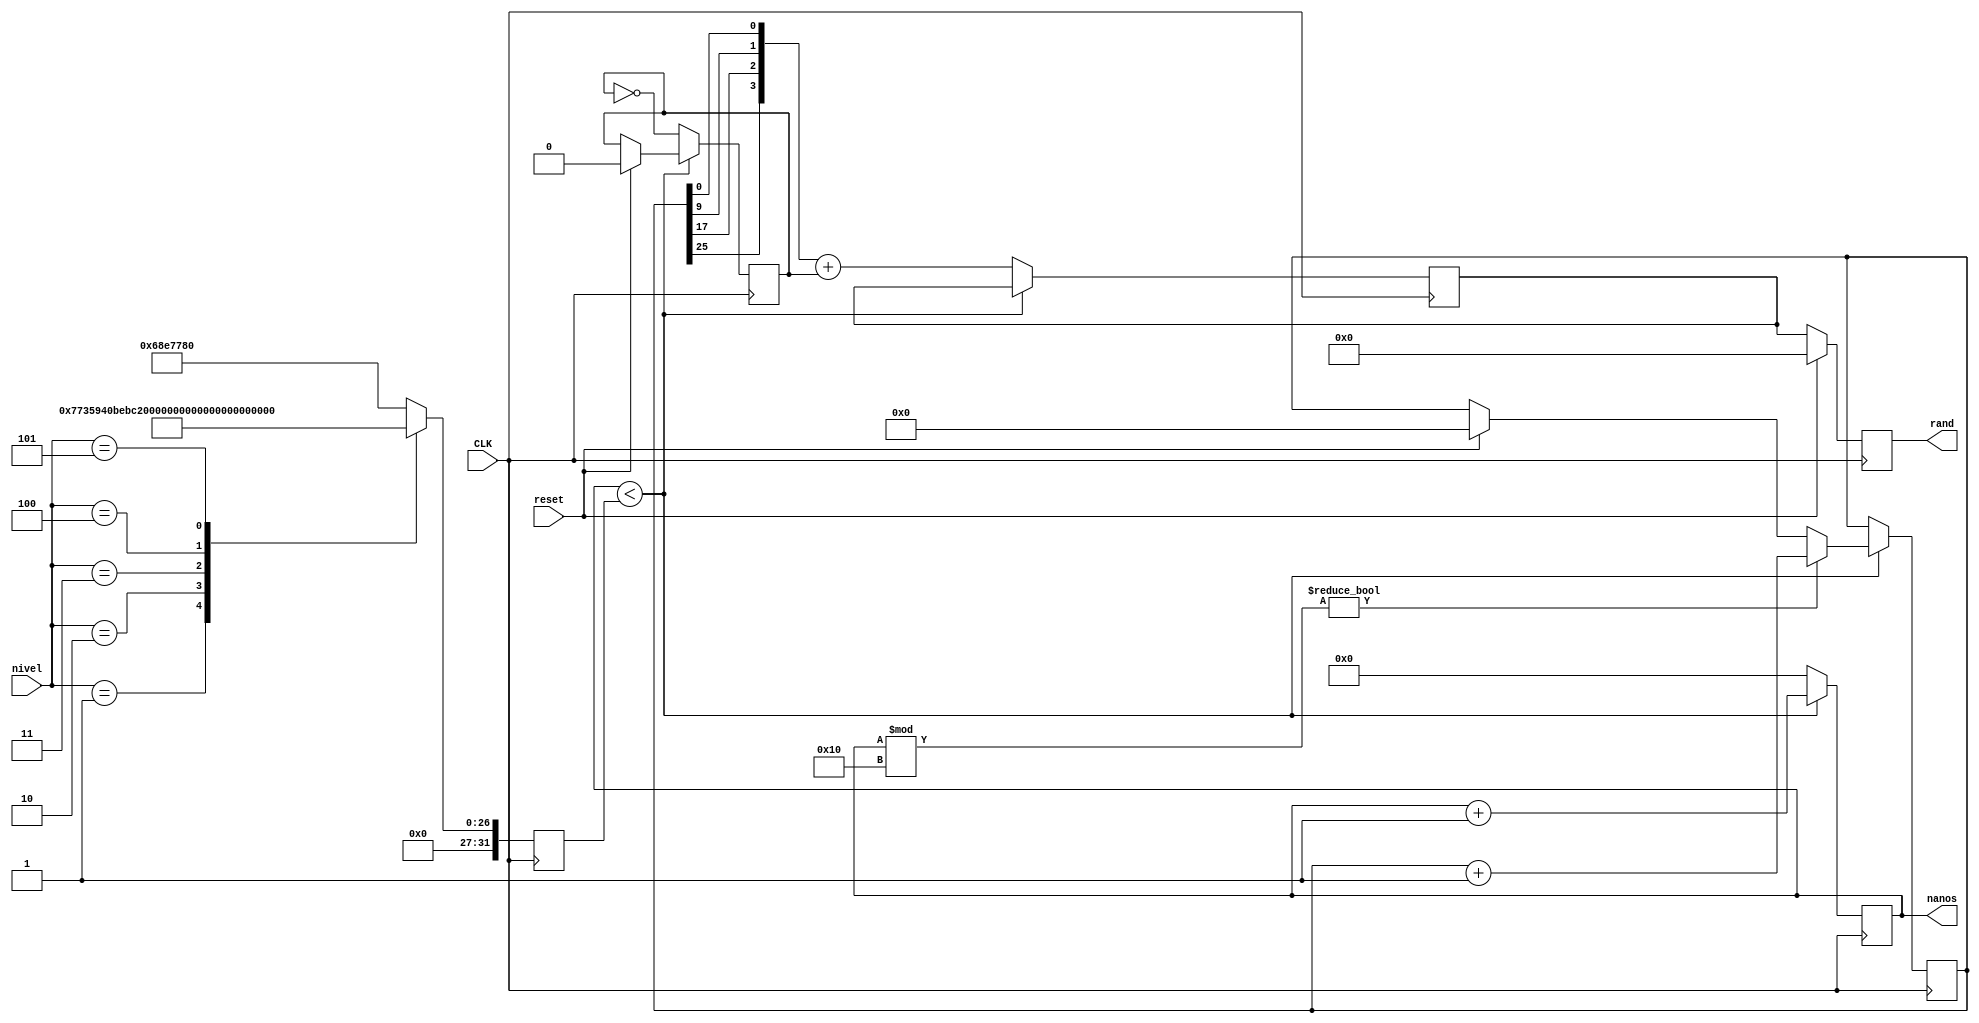
module random_generator (CLK, nanos, nivel, reset, rand);

//outputs declaration
output reg [27:0] nanos;
output reg [3:0] rand;

//inputs declaration
input wire CLK;
input wire reset;
input wire [2:0] nivel;

//variables
reg [3:0] next_rand;
reg [31:0] counter_ciclos, velocidad;
reg par;


always @(posedge CLK) begin
	if (reset) begin
		nanos <= 0;
		rand <= 0;
		counter_ciclos <= 0;
		par <= 0;
		velocidad <= 25000000;
	end else begin
		rand <= next_rand;
	end

	if (nanos % 16) begin
		counter_ciclos <= counter_ciclos + 1;
	end
	case (nivel) 
		3'b001:	velocidad <= 125000000;
		3'b010:	velocidad <= 100000000;
		3'b011:	velocidad <= 85000000;
		3'b100:	velocidad <= 50000000;
		3'b101:	velocidad <= 25000000;
		default: velocidad <= 110000000;
	endcase

	if (nanos < velocidad) begin  //100000000
		nanos <= nanos + 1;
	end else begin
		nanos <= 0;
		par <= ~par;
		counter_ciclos <= {counter_ciclos[31:18], counter_ciclos[17:0]};

		next_rand <= {counter_ciclos[25], counter_ciclos[17], counter_ciclos[9], counter_ciclos[0]} + par;
	end
end //always

endmodule


// always @(posedge CLK) begin
// 	if (reset) begin
// 		nanos <= 0;
// 		rand <= 0;
// 	end else begin
// 		rand <= next_rand;
// 	end

// 	if (nanos < 50000000) begin  //268435455
// 		nanos <= nanos + 1;
// 	end else begin
// 		nanos <= 0;
// 		if (rand < 15) begin
// 			next_rand <= rand + 1;
// 		end else begin
// 			next_rand <= 0;
// 		end
// 	end
// end //always